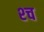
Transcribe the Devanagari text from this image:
श्‍च